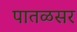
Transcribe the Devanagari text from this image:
पातळसर